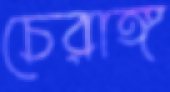
চেরাঙ্গ